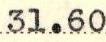
31.60